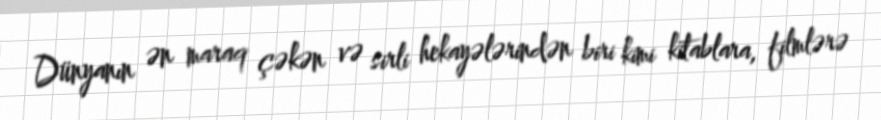
Dünyanın ən maraq çəkən və sirli hekayələrindən biri kimi kitablara, filmlərə